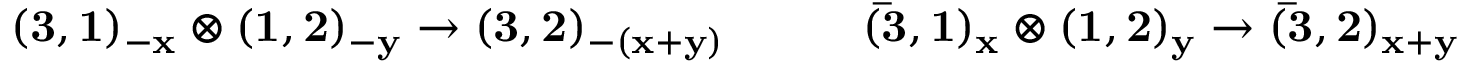
{ \bf ( 3 , 1 ) _ { - x } \otimes ( 1 , 2 ) _ { - y } \rightarrow ( 3 , 2 ) _ { - ( x + y ) } } \qquad \quad { \bf ( \bar { 3 } , 1 ) _ { x } \otimes ( 1 , 2 ) _ { y } \rightarrow ( \bar { 3 } , 2 ) _ { x + y } }